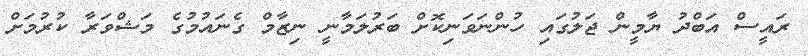
ރައީސް އަބްދު ޔާމީން ޖަލުގައި ހުންނަވަނިކޮށް ބަރުލަމާނީ ނިޒާމް ގެނައުމުގެ މަޝްވަރާ ކުރުމަށް